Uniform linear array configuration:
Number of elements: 32
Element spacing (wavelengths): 1
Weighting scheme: hamming
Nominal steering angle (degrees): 0
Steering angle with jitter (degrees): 1.584
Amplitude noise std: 0.05
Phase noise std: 0.05

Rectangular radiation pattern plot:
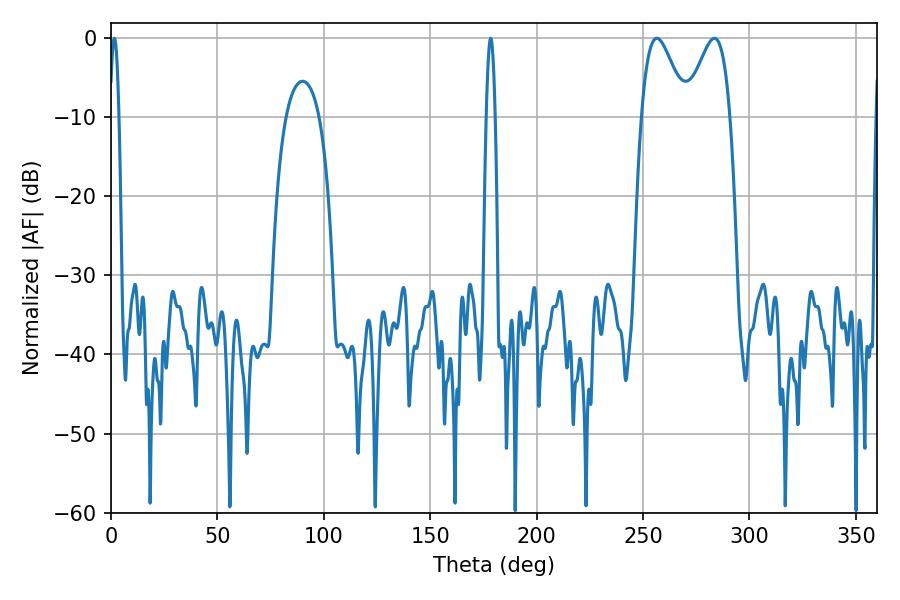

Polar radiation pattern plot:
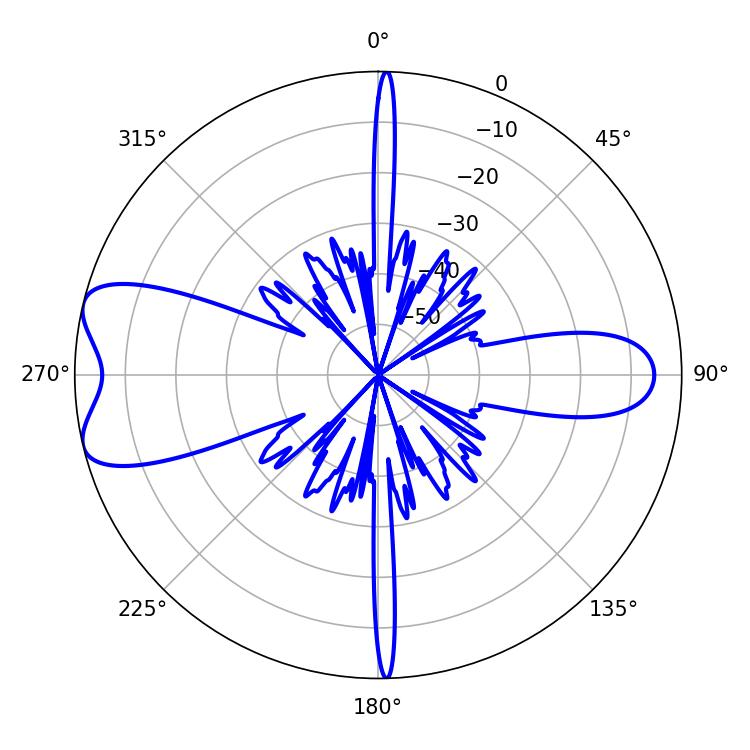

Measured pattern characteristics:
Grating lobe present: TRUE
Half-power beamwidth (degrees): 10.98
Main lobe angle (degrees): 256.5